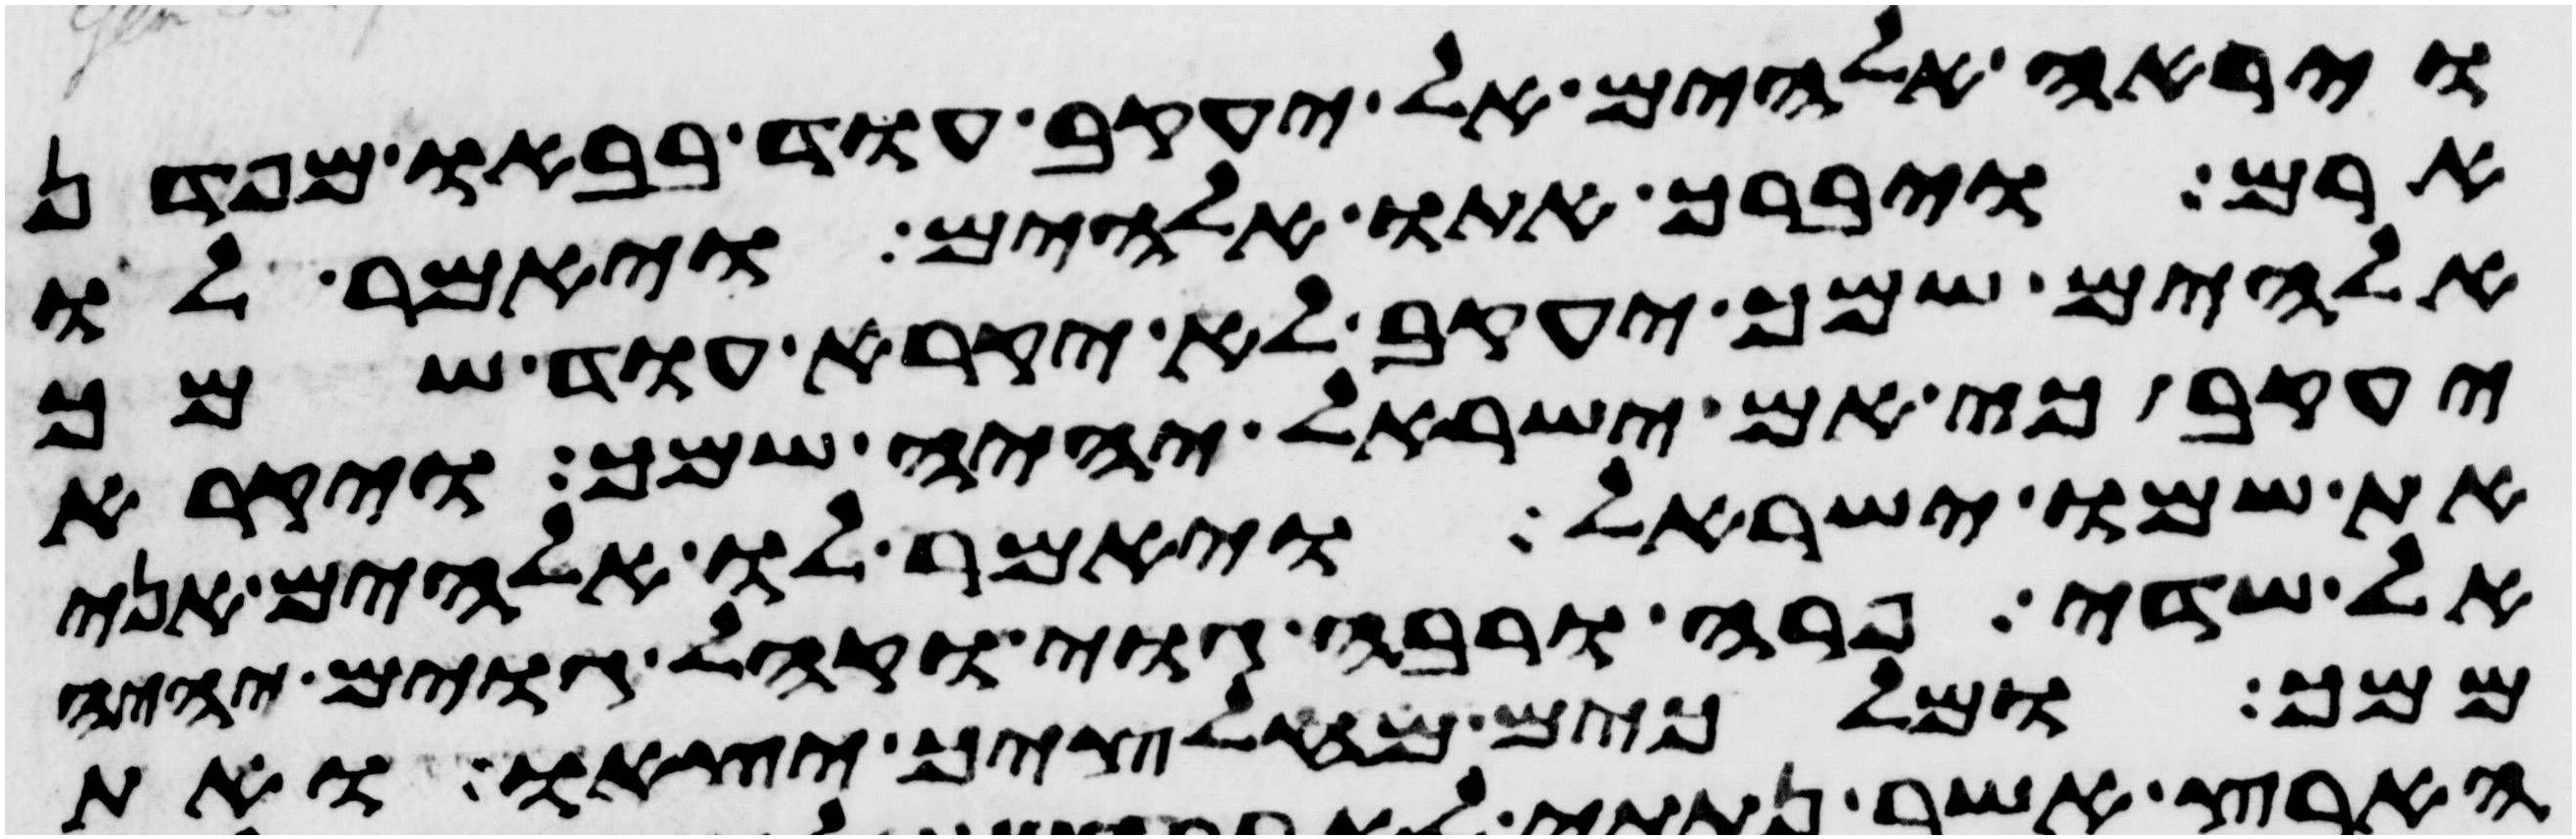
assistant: וירא אלהים אל יעקב עוד בבאו מפדן
ארם ויברך אתו אלהים ויאמר לו
אלהים שמך יעקב לא יקרא עוד שמך
יעקב כי אם ישראל יהיה שמך ויקרא
את שמו ישראל ויאמר לו אלהים אני
אל שדי פרה ורבה גוי וקהל גוים יהיה
ממך ומלכים מחלציך יצאו ואת